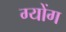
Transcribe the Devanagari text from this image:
ग्योंग